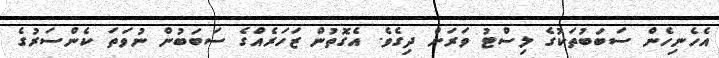
އެހެނިހެން ސަބަބުތަކުގެ ލިސްޓު ވަރަށް ދިގެވެ. އެގޮތުން ޒަހަރެއްގެ ސަބަބުން ނުވަތަ ކެންސަރުގެ